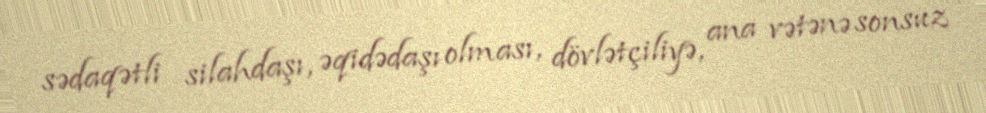
sədaqətli silahdaşı, əqidədaşı olması, dövlətçiliyə, ana vətənə sonsuz